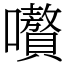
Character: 嚽